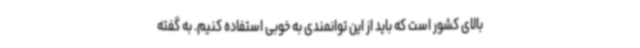
بالای کشور است که باید از این توانمندی به خوبی استفاده کنیم. به گفته